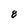
Character: 8